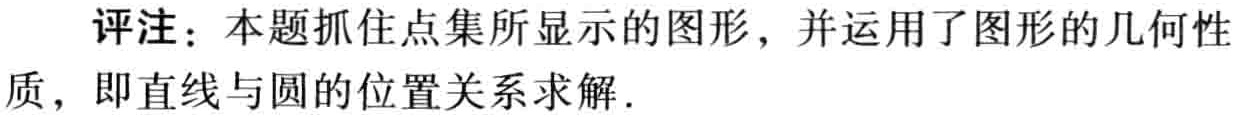
评注：本题抓住点集所显示的图形，并运用了图形的几何性质，即直线与圆的位置关系求解.